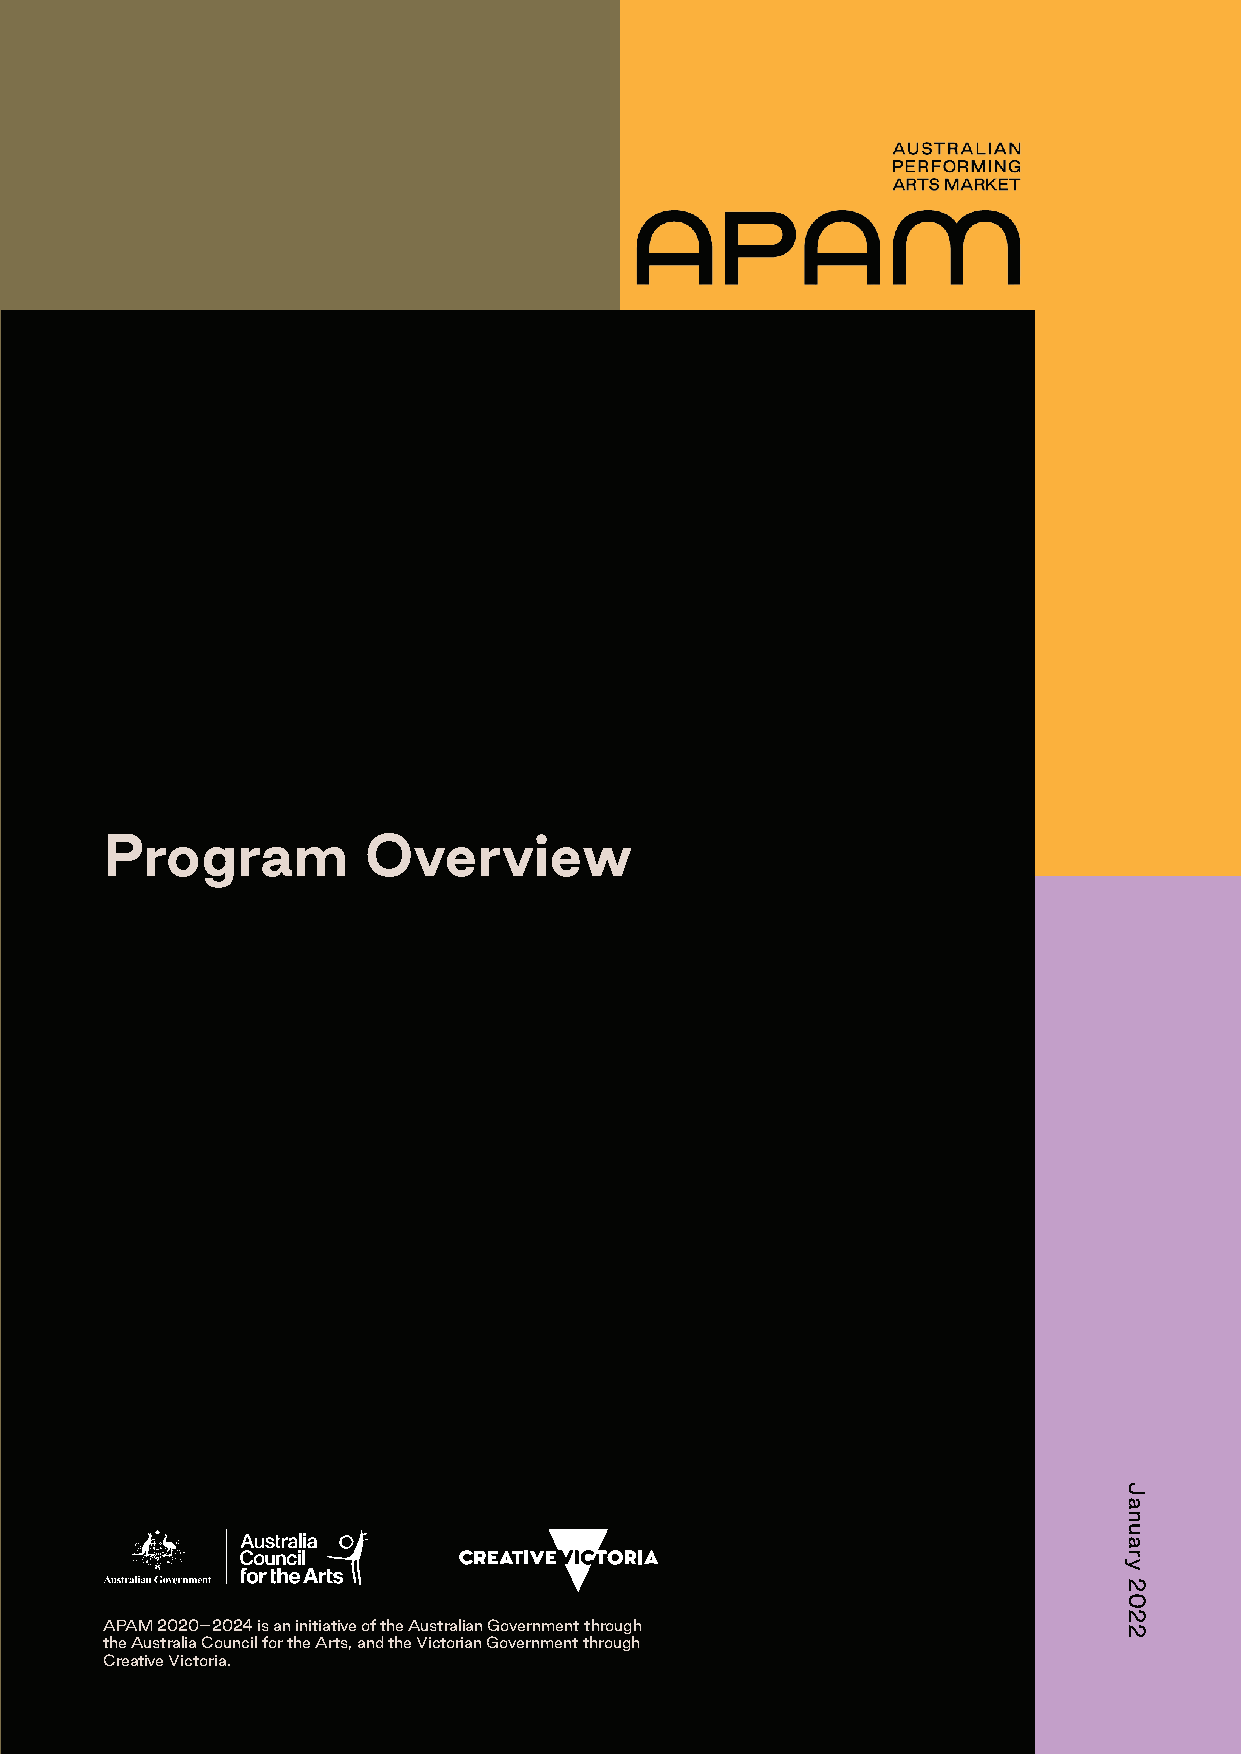
Program          Overview
 APAM 2020–2024 is an initiative of the Australian Government through
 the Australia Council for the Arts, and the Victorian Government through
 Creative Victoria.
 January
 2022